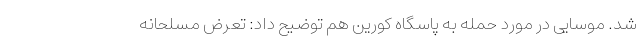
شد. موسایی در مورد حمله به پاسگاه کورین هم توضیح داد: تعرض مسلحانه